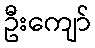
ဦးကျော်